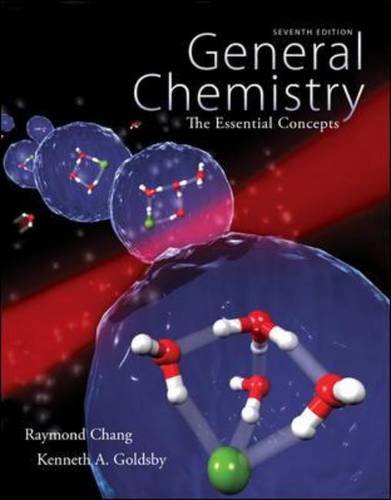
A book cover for General Chemistry: The Essential Concepts; Raymond Chang; Science & Math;